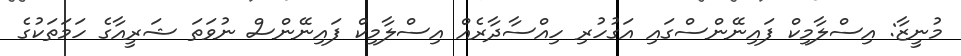
މުނީޒާ: އިސްލާމިކް ފައިނޭންސްގައި އަގުހުރި ހިއްސާދާރެއް އިސްލާމިކް ފައިނޭންސް ނުވަތަ ޝަރީއާގެ ހަމަތަކުގެ